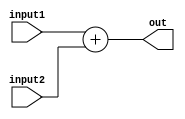
`timescale 1ns / 1ps
//////////////////////////////////////////////////////////////////////////////////
// Company: 
// Engineer: 
// 
// Design Name: 
// Module Name: Adder
// Project Name: 
// Target Devices: 
// Tool Versions: 
// Description: 
// 
// Dependencies: 
// 
// Revision:
// Revision 0.01 - File Created
// Additional Comments:
// 
//////////////////////////////////////////////////////////////////////////////////


module Adder(input1,input2,out);
    input [31:0] input1, input2;
    output [31:0] out;
    assign out=input1+input2;
endmodule